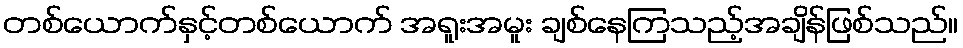
တစ်ယောက်နှင့်တစ်ယောက် အရူးအမူး ချစ်နေကြသည့်အချိန်ဖြစ်သည်။